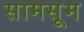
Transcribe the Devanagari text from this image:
सामसूम